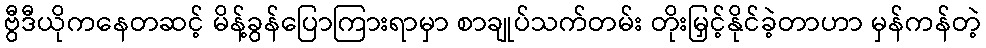
ဗွီဒီယိုကနေတဆင့် မိန့်ခွန်ပြောကြားရာမှာ စာချုပ်သက်တမ်း တိုးမြှင့်နိုင်ခဲ့တာဟာ မှန်ကန်တဲ့